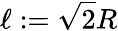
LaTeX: \ell:=\sqrt{2}R